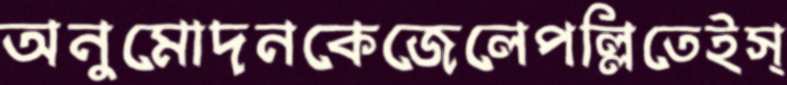
অনুমোদনকেজেলেপল্লিতেইস্